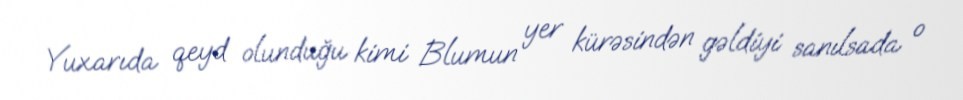
Yuxarıda qeyd olunduğu kimi Blumun yer kürəsindən gəldiyi sanılsada o